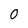
Character: 0